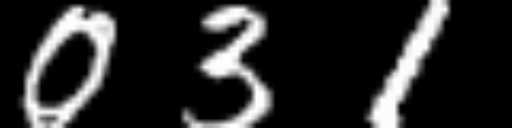
Text: 031